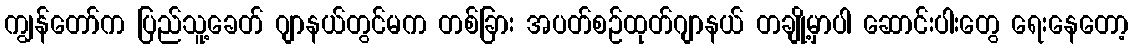
ကျွန်တော်က ပြည်သူ့ခေတ် ဂျာနယ်တွင်မက တစ်ခြား အပတ်စဉ်ထုတ်ဂျာနယ် တချို့မှာပါ ဆောင်းပါးတွေ ရေးနေတော့